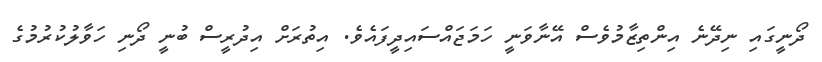
ދޯނީގައި ނިދޭނެ އިންތިޒާމުވެސް އޭނާވަނީ ހަމަޖައްސައިދީފައެވެ. އިތުރަށް އިދުރީސް ބުނީ ދޯނި ހަވާލުކުރުމުގެ